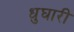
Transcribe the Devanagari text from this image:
धुघारी